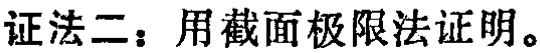
证法二：用截面极限法证明。